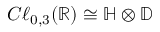
C \ell _ { 0 , 3 } ( \mathbb { R } ) \cong \mathbb { H } \otimes \mathbb { D }